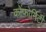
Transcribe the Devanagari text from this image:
कोंफ़ोर्मिटी